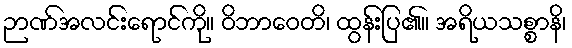
ဉာဏ်အလင်းရောင်ကို။ ဝိဘာဝေတိ၊ ထွန်းပြ၏။ အရိယသစ္စာနိ၊